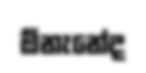
ඕනැනේද